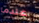
عندما